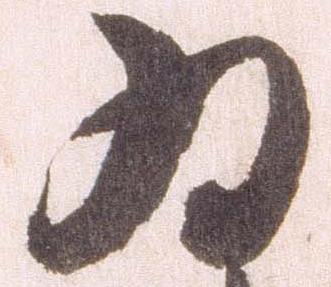
為